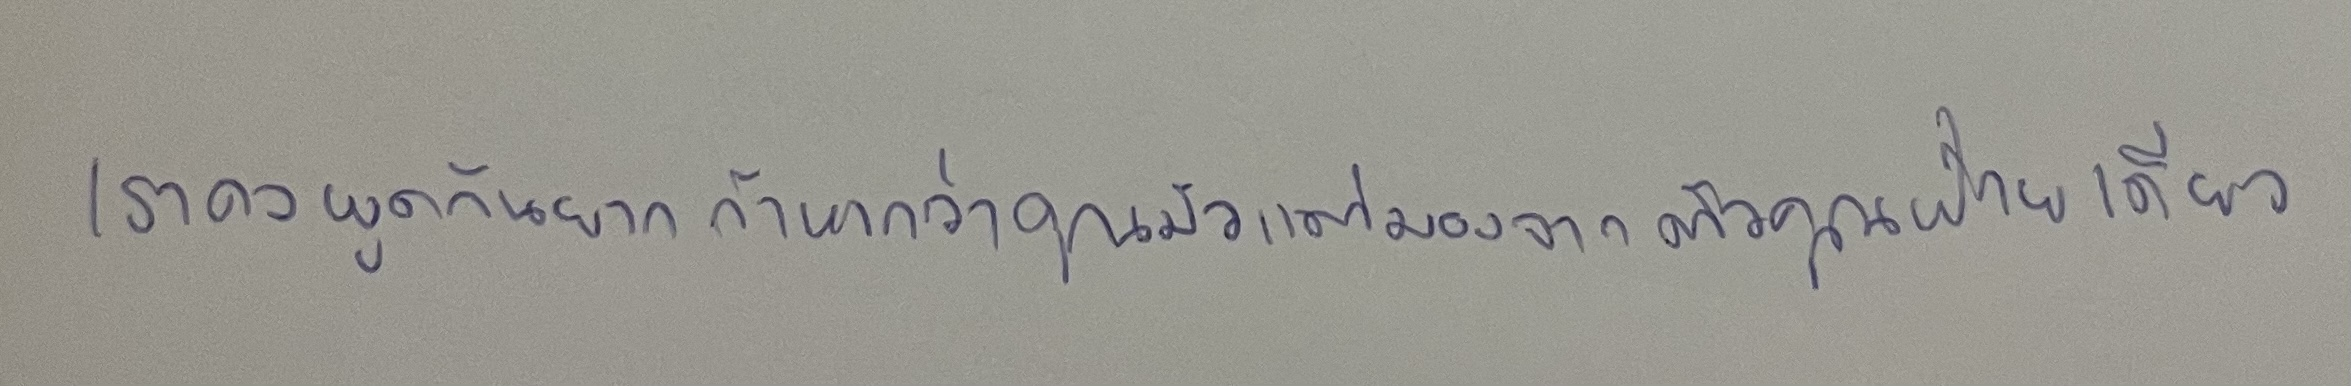
เราคงพูดกันยากถ้าหากว่าคุณมัวแต่มองจากตัวคุณฝ่ายเดียว